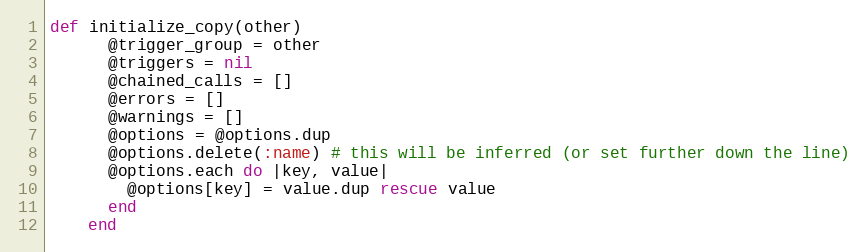
Language: Ruby
def initialize_copy(other)
      @trigger_group = other
      @triggers = nil
      @chained_calls = []
      @errors = []
      @warnings = []
      @options = @options.dup
      @options.delete(:name) # this will be inferred (or set further down the line)
      @options.each do |key, value|
        @options[key] = value.dup rescue value
      end
    end